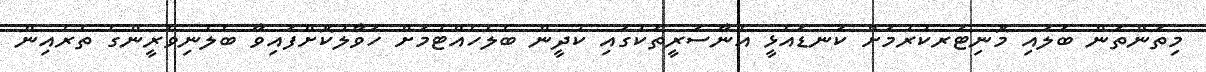
މިތަންތަން ބަލައި މޮނިޓަރކުރުމަށް ކަނޑައެޅީ އެނާސަރީތަކުގައި ކުދީން ބެލެހެއްޓުމަށް ހަވާލުކޮށްފައިވާ ބެލެނިވެރީންގެ ތެރެއިން